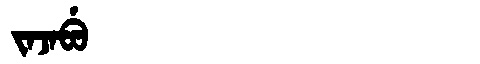
Manchu: ᠵᠠᠵᠠᠪᡠ
Romanization: JAJABU